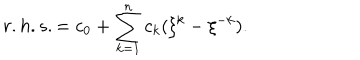
r . h . s . = c _ { 0 } + \sum _ { k = 1 } ^ { n } c _ { k } ( \xi ^ { k } - \xi ^ { - k } ) .